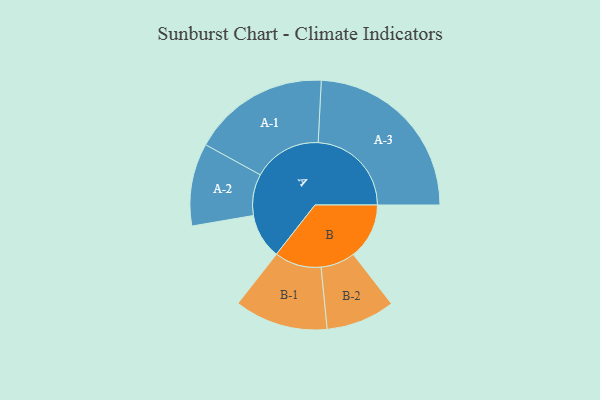
{"axis": {"x": "Segment", "y": "Value"}, "legend": ["", "A", "B"], "data": [{"x": "A", "y": 139, "type": ""}, {"x": "B", "y": 172, "type": ""}, {"x": "A-1", "y": 211, "type": "A"}, {"x": "A-2", "y": 127, "type": "A"}, {"x": "A-3", "y": 287, "type": "A"}, {"x": "B-1", "y": 144, "type": "B"}, {"x": "B-2", "y": 106, "type": "B"}]}